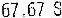
67.67 S